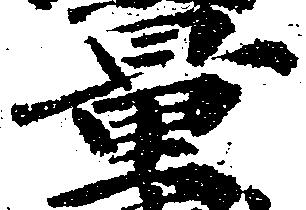
量